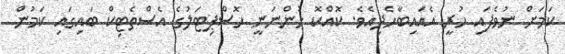
ކަމަށް ނުވެފައި ހުރީ އެއައިބާހެދިއެވެ. ކޮއްކޮ ހުންނަނީ ހޮސްޕިޓަލުގެ އެސްތެޓިކް ބައިގައި ކަމުން